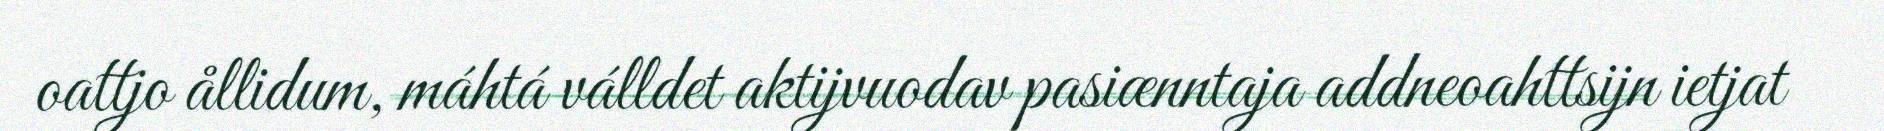
oattjo ållidum, máhtá válldet aktijvuodav pasiænntaja addneoahttsijn ietjat